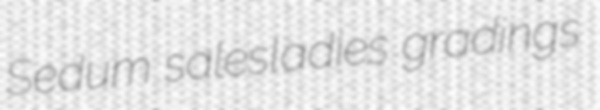
Sedum salesladies gradings